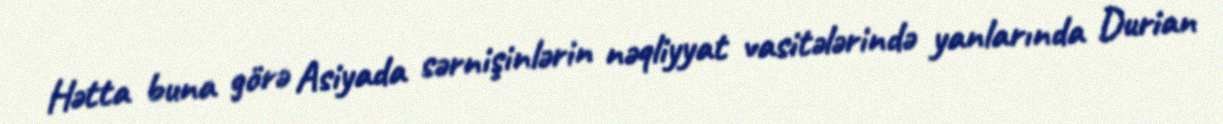
Hətta buna görə Asiyada sərnişinlərin nəqliyyat vasitələrində yanlarında Durian